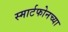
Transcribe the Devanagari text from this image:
स्मार्टफोनच्या